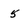
Character: 5